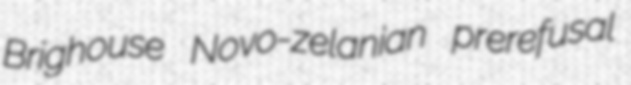
Brighouse Novo-zelanian prerefusal